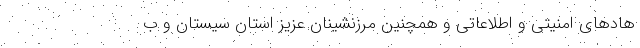
هادهای امنیتی و اطلاعاتی و همچنین مرزنشینان عزیز استان سیستان و ب